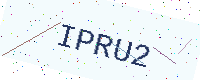
Text: IPRU2